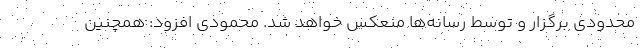
محدودی برگزار و توسط رسانه‌ها منعکس خواهد شد. محمودی افزود: همچنین